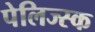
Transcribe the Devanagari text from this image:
पेलिज्स्क